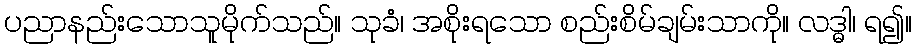
ပညာနည်းသောသူမိုက်သည်။ သုခံ၊ အစိုးရသော စည်းစိမ်ချမ်းသာကို။ လဒ္ဓါ၊ ရ၍။